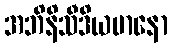
အဘိနိသီဒိယမာနော